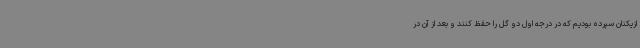
ازیکنان سپرده بودیم که در درجه اول دو گل را حفظ کنند و بعد از آن در